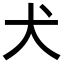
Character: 犬